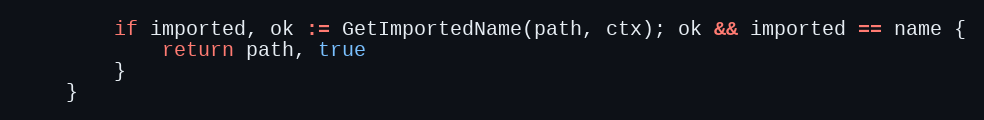
Language: Go
		if imported, ok := GetImportedName(path, ctx); ok && imported == name {
			return path, true
		}
	}